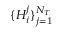
\{ H _ { i } ^ { j } \} _ { j = 1 } ^ { N _ { T } }